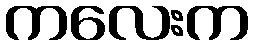
ကလေးက